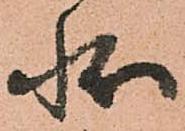
状